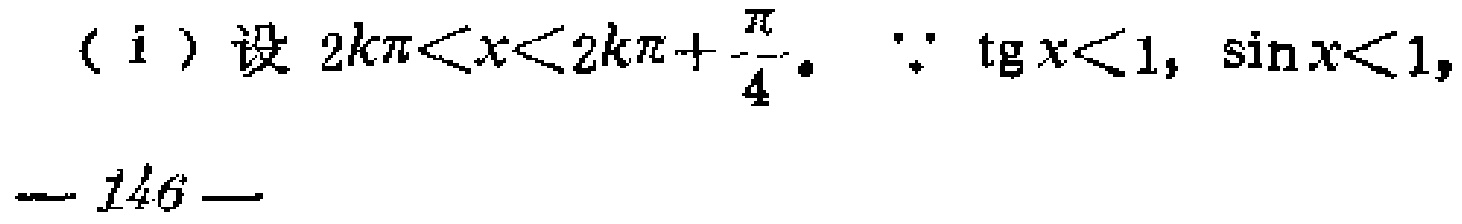
（i）设 \(2k\pi<x<2k\pi +\frac{\pi}{4}\)。\(\because \tan x<1,\sin x<1,\)
\(-146 -\)